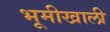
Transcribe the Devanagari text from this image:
भूमीखाली